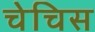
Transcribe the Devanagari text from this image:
चेचिस